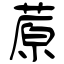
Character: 蒝